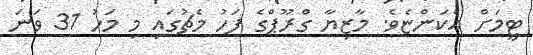
ޓީމަށް އެކަންޏެވެ. މާޒިޔާ ގްރޫޕްގެ ފަހު މެޗުގައި މި މަހު 31 ވަނަ